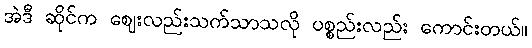
အဲဒီ ဆိုင်က ဈေးလည်းသက်သာသလို ပစ္စည်းလည်း ကောင်းတယ်။